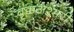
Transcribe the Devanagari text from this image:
वृक्कअश्मरी